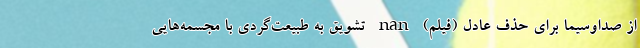
از صداوسیما برای حذف عادل (فیلم) nan تشویق به طبیعت‌گردی با مجسمه‌هایی